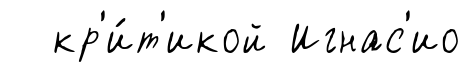
кр'и́т'икой Игнас'ио